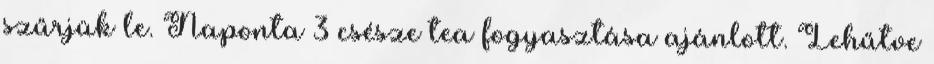
szűrjük le. Naponta 3 csésze tea fogyasztása ajánlott. Lehűtve